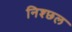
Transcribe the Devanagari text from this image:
निश्छ्ल